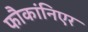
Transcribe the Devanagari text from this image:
फौकांनिएर